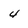
Character: 4